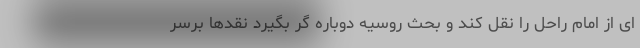
ای از امام راحل را نقل کند و بحث روسیه دوباره گُر بگیرد نقدها برسر